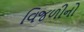
વિજળીનો